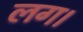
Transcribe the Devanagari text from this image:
लग।